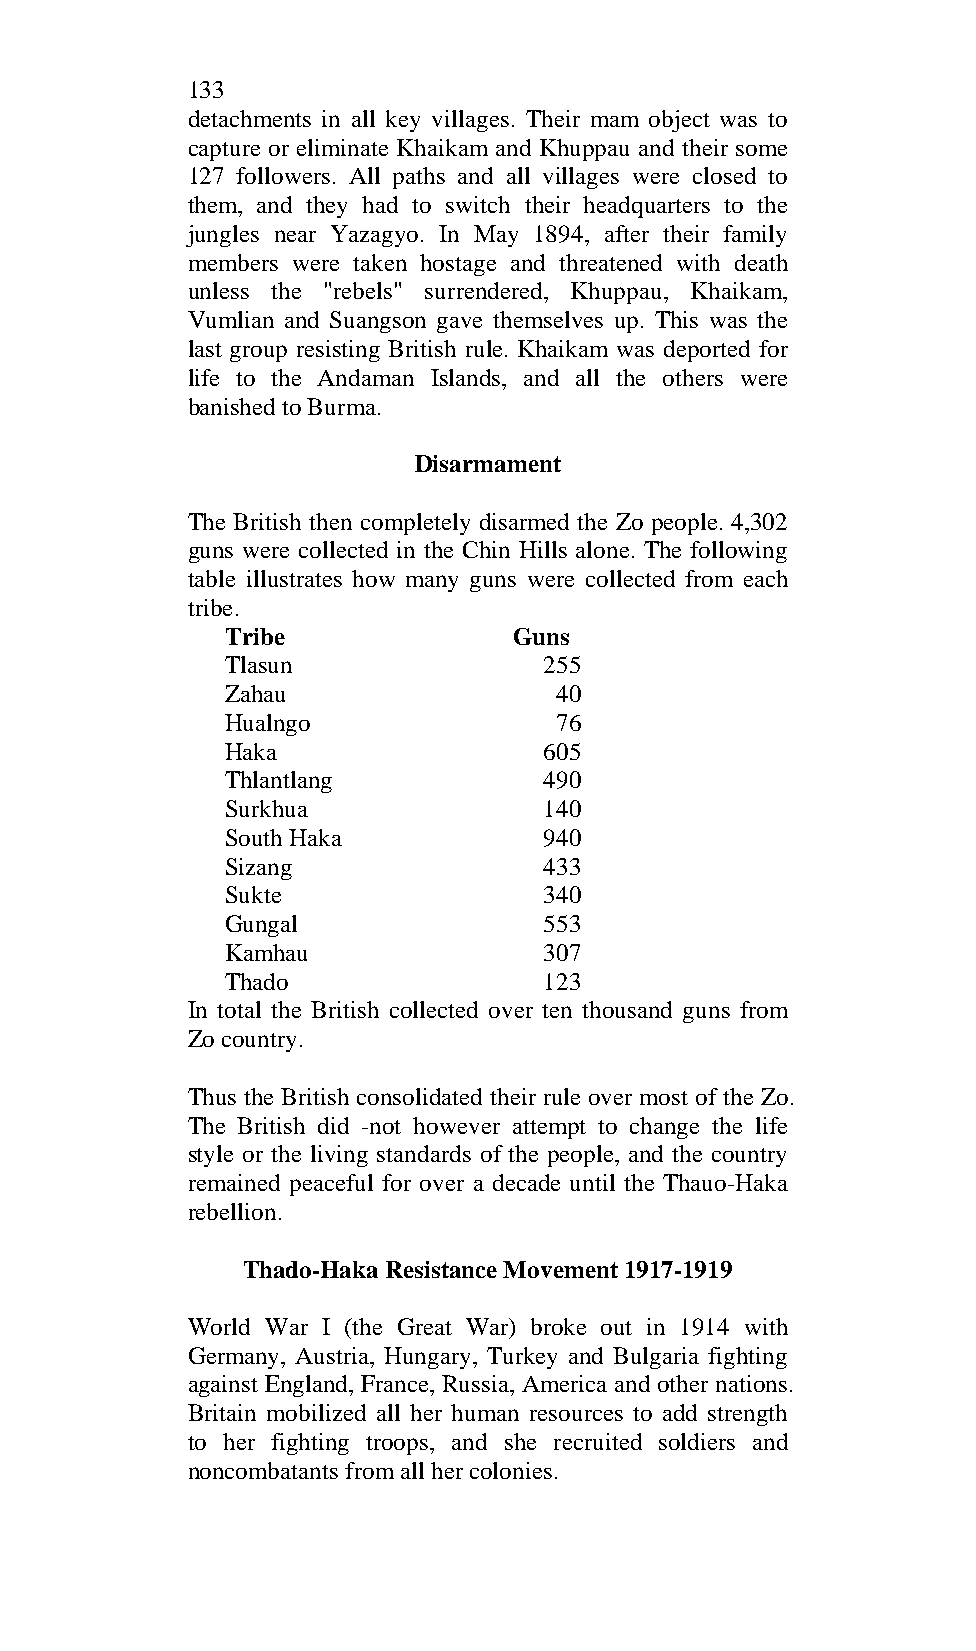
133
 detachments in all key villages. Their mam object was to
 capture or eliminate Khaikam and Khuppau and their some
 127 followers. All paths and all villages were closed to
 them, and they had to switch their headquarters to the
 jungles near Yazagyo. In May 1894, after their family
 members were taken hostage and threatened with death
 unless the "rebels" surrendered, Khuppau, Khaikam,
 Vumlian and Suangson gave themselves up. This was the
 last group resisting British rule. Khaikam was deported for
 life to the Andaman Islands, and all the others were
 banished to Burma.
 Disarmament
 The British then completely disarmed the Zo people. 4,302
 guns were collected in the Chin Hills alone. The following
 table illustrates how many guns were collected from each
 tribe.
 Tribe              Guns
 Tlasun               255
 Zahau                 40
 Hualngo               76
 Haka                 605
 Thlantlang           490
 Surkhua              140
 South Haka           940
 Sizang               433
 Sukte                340
 Gungal               553
 Kamhau               307
 Thado                123
 In total the British collected over ten thousand guns from
 Zo country.
 Thus the British consolidated their rule over most of the Zo.
 The British did -not however attempt to change the life
 style or the living standards of the people, and the country
 remained peaceful for over a decade until the Thauo-Haka
 rebellion.
 Thado-Haka Resistance Movement 1917-1919
 World War I (the Great War) broke out in 1914 with
 Germany, Austria, Hungary, Turkey and Bulgaria fighting
 against England, France, Russia, America and other nations.
 Britain mobilized all her human resources to add strength
 to her fighting troops, and she recruited soldiers and
 noncombatants from all her colonies.